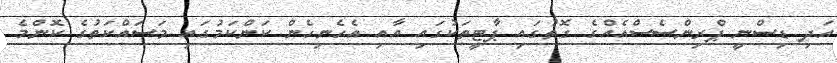
އަދި ޑިސްނީ ޕްރިންސެސްއެއްގެ ގޮތުގައި ޕާޓީތަކުގައި އާއި އެހެނިހެން ކަންކަމުގައި މަސައްކަތުގެ ކޮންމެ